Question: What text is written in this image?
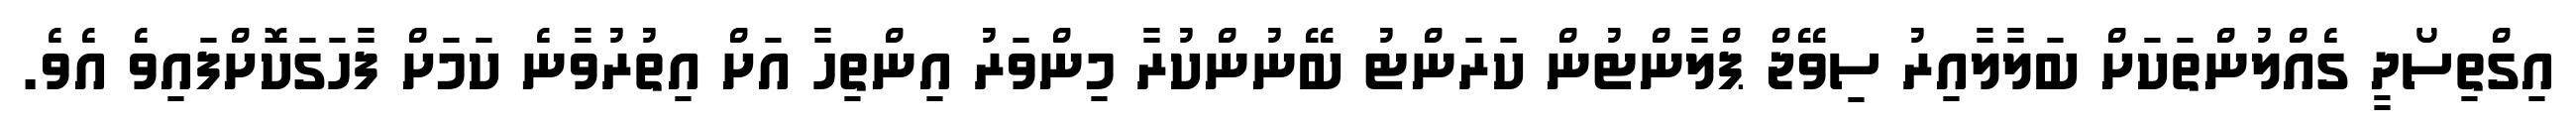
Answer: އިގްތިސޯދީ ގެއްލުންތަކަށް ބަލާލާއިރު ސިވޭޖް ޕްލާންޓުން ކަރަންޓު ބޭނުންކުރާ މިންވަރު އިންތިހާ އަށް އިތުރުވާނެ ކަމަށް ފާހަގަކޮށްފައިވެ އެވެ.